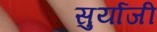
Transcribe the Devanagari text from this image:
सुर्याजी